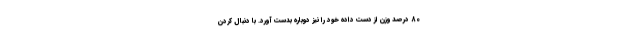
80 درصد وزن از دست داده خود را نیز دوباره بدست آورد. با دنبال کردن